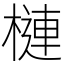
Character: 槤